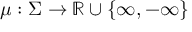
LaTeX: \mu : \Sigma \to \mathbb { R } \cup \{ \infty , - \infty \}